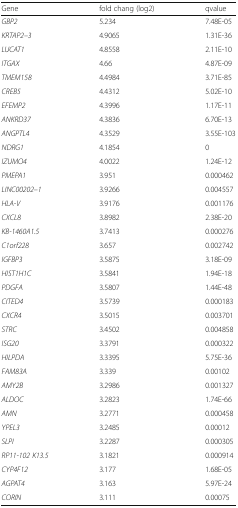
<table><thead><tr><td><b>Gene</b></td><td><b>fold chang (log2)</b></td><td><b>qvalue</b></td></tr></thead><tbody><tr><td><i>GBP2</i></td><td>5.234</td><td>7.48E-05</td></tr><tr><td><i>KRTAP2–3</i></td><td>4.9065</td><td>1.31E-36</td></tr><tr><td><i>LUCAT1</i></td><td>4.8558</td><td>2.11E-10</td></tr><tr><td><i>ITGAX</i></td><td>4.66</td><td>4.87E-09</td></tr><tr><td><i>TMEM158</i></td><td>4.4984</td><td>3.71E-85</td></tr><tr><td><i>CREB5</i></td><td>4.4312</td><td>5.02E-10</td></tr><tr><td><i>EFEMP2</i></td><td>4.3996</td><td>1.17E-11</td></tr><tr><td><i>ANKRD37</i></td><td>4.3836</td><td>6.70E-13</td></tr><tr><td><i>ANGPTL4</i></td><td>4.3529</td><td>3.55E-103</td></tr><tr><td><i>NDRG1</i></td><td>4.1854</td><td>0</td></tr><tr><td><i>IZUMO4</i></td><td>4.0022</td><td>1.24E-12</td></tr><tr><td><i>PMEPA1</i></td><td>3.951</td><td>0.000462</td></tr><tr><td><i>LINC00202–1</i></td><td>3.9266</td><td>0.004557</td></tr><tr><td><i>HLA-V</i></td><td>3.9176</td><td>0.001176</td></tr><tr><td><i>CXCL8</i></td><td>3.8982</td><td>2.38E-20</td></tr><tr><td><i>KB-1460A1.5</i></td><td>3.7413</td><td>0.000276</td></tr><tr><td><i>C1orf228</i></td><td>3.657</td><td>0.002742</td></tr><tr><td><i>IGFBP3</i></td><td>3.5875</td><td>3.18E-09</td></tr><tr><td><i>HIST1H1C</i></td><td>3.5841</td><td>1.94E-18</td></tr><tr><td><i>PDGFA</i></td><td>3.5807</td><td>1.44E-48</td></tr><tr><td><i>CITED4</i></td><td>3.5739</td><td>0.000183</td></tr><tr><td><i>CXCR4</i></td><td>3.5015</td><td>0.003701</td></tr><tr><td><i>STRC</i></td><td>3.4502</td><td>0.004858</td></tr><tr><td><i>ISG20</i></td><td>3.3791</td><td>0.000322</td></tr><tr><td><i>HILPDA</i></td><td>3.3395</td><td>5.75E-36</td></tr><tr><td><i>FAM83A</i></td><td>3.339</td><td>0.00102</td></tr><tr><td><i>AMY2B</i></td><td>3.2986</td><td>0.001327</td></tr><tr><td><i>ALDOC</i></td><td>3.2823</td><td>1.74E-66</td></tr><tr><td><i>AMN</i></td><td>3.2771</td><td>0.000458</td></tr><tr><td><i>YPEL3</i></td><td>3.2485</td><td>0.00012</td></tr><tr><td><i>SLPI</i></td><td>3.2287</td><td>0.000305</td></tr><tr><td><i>RP11-102 K13.5</i></td><td>3.1821</td><td>0.000914</td></tr><tr><td><i>CYP4F12</i></td><td>3.177</td><td>1.68E-05</td></tr><tr><td><i>AGPAT4</i></td><td>3.163</td><td>5.97E-24</td></tr><tr><td><i>CORIN</i></td><td>3.111</td><td>0.00075</td></tr></tbody></table>